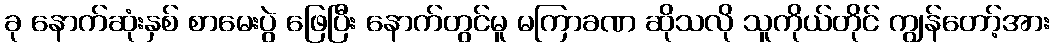
ခု နောက်ဆုံးနှစ် စာမေးပွဲ ဖြေပြီး နောက်တွင်မူ မကြာခဏ ဆိုသလို သူကိုယ်တိုင် ကျွန်တော့်အား